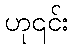
ဟု၎င်း